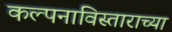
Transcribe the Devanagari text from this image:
कल्पनाविस्ताराच्या